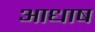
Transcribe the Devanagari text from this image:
आधाष